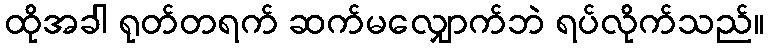
ထိုအခါ ရုတ်တရက် ဆက်မလျှောက်ဘဲ ရပ်လိုက်သည်။